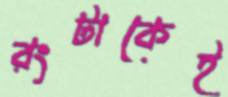
রংটাকেই